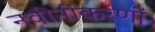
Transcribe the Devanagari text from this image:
नवीनीकरणों